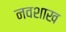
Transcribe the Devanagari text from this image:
नवशाख